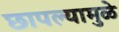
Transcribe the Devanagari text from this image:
छापल्यामुळे